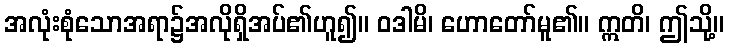
အလုံးစုံသောအရာ၌အလိုရှိအပ်၏ဟူ၍။ ဝဒါမိ၊ ဟောတော်မူ၏။ ဣတိ၊ ဤသို့။